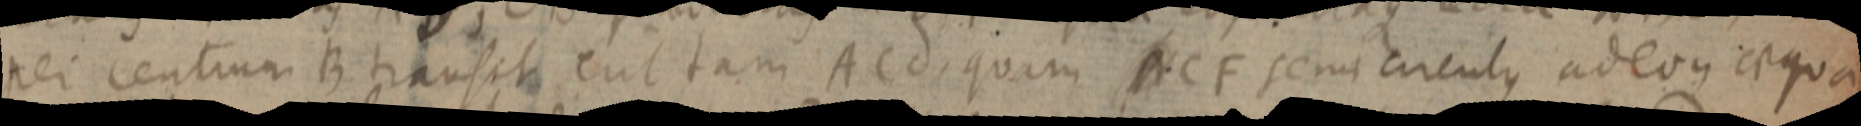
per centrum B transit eut tam ACd. quam ACF semicirculus adeoque aequa